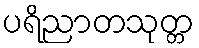
ပရိညာတသုတ္တ